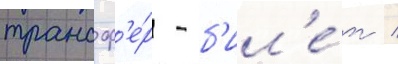
трансф'е́р - б'ил'е́т /